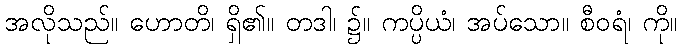
အလိုသည်။ ဟောတိ၊ ရှိ၏။ တဒါ၊ ၌။ ကပ္ပိယံ၊ အပ်သော။ စီဝရံ၊ ကို။